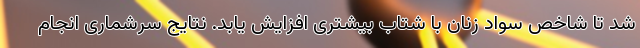
شد تا شاخص سواد زنان با شتاب بیشتری افزایش یابد. نتایج سرشماری انجام